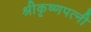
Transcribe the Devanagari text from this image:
श्रीकृष्णपत्नी